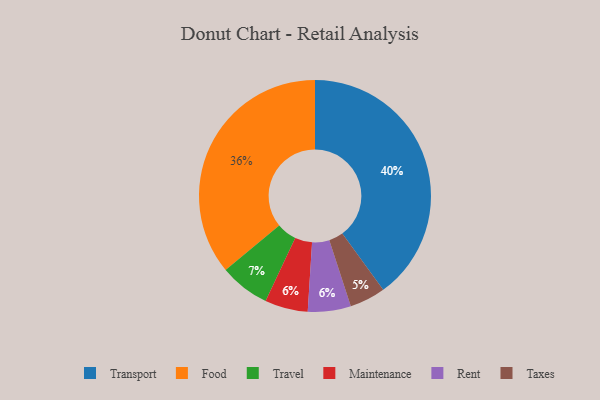
{"axis": {"x": "Category", "y": "Percentage"}, "legend": ["Food", "Maintenance", "Rent", "Taxes", "Transport", "Travel"], "data": [{"x": "Food", "y": 36, "type": "Food"}, {"x": "Maintenance", "y": 6, "type": "Maintenance"}, {"x": "Taxes", "y": 5, "type": "Taxes"}, {"x": "Transport", "y": 40, "type": "Transport"}, {"x": "Travel", "y": 7, "type": "Travel"}, {"x": "Rent", "y": 6, "type": "Rent"}]}